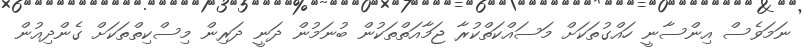
ނަމަވެސް އިންސާނީ ހައްގުތަކަށް މަސައްކަތްކުރާ ޖަމާއަތްތަކުން ބުނަމުން ދަނީ ދަރިން މިސްކިތްތަކަށް ގެންދިއުން